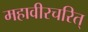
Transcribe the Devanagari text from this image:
महावीरचरित्‌